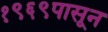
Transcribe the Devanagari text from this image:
१९६९पासून